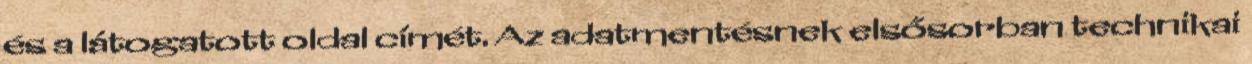
és a látogatott oldal címét. Az adatmentésnek elsősorban technikai